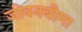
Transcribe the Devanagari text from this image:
जीवनबीमा